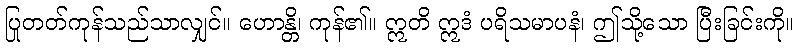
ပြုတတ်ကုန်သည်သာလျှင်။ ဟောန္တိ၊ ကုန်၏။ ဣတိ ဣဒံ ပရိသမာပနံ၊ ဤသို့သော ပြီးခြင်းကို။